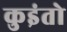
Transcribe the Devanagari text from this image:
कुइंतो